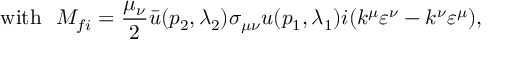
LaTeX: \mathrm { w i t h \ \ } M _ { f i } = { \frac { \mu _ { \nu } } { 2 } } \bar { u } ( p _ { 2 } , \lambda _ { 2 } ) \sigma _ { \mu \nu } u ( p _ { 1 } , \lambda _ { 1 } ) i ( k ^ { \mu } \varepsilon ^ { \nu } - k ^ { \nu } \varepsilon ^ { \mu } ) ,